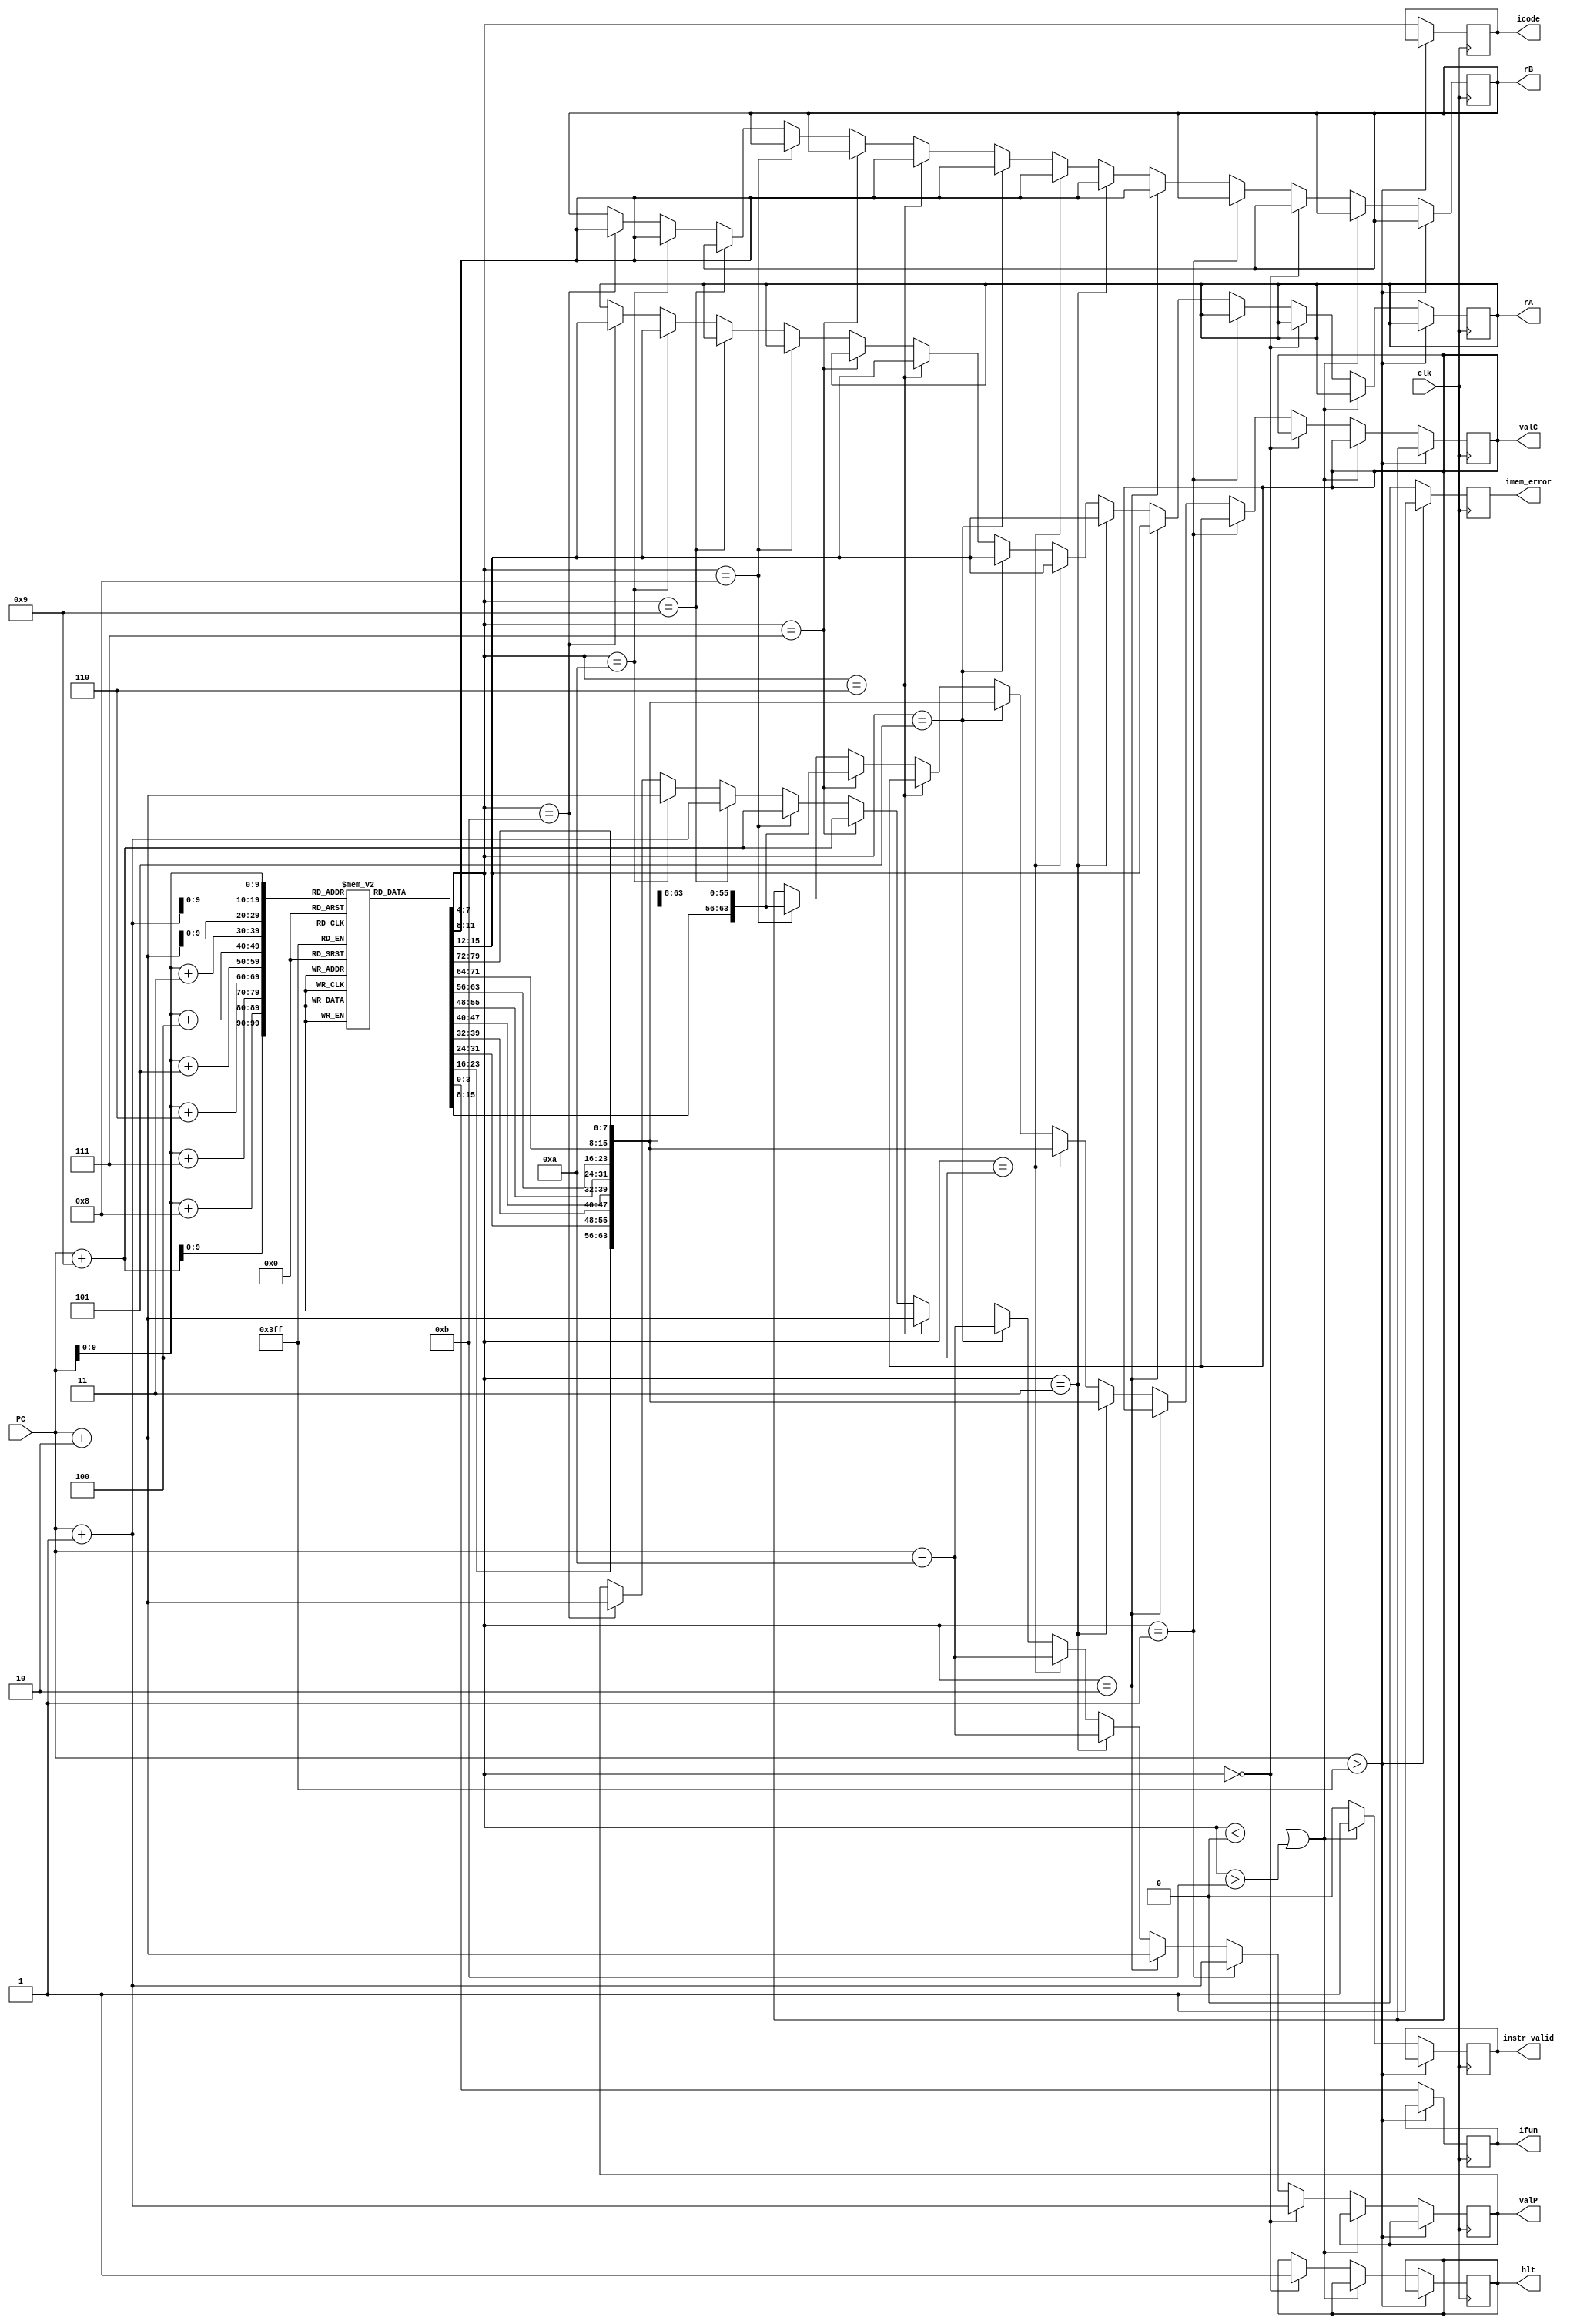
// FETCH BLOCK

module fetch(clk, PC, icode, ifun, rA, rB, valC, valP, imem_error, instr_valid, hlt);

    input clk;
    input [63:0] PC;
    
    output reg [3:0] icode;
    output reg [3:0] ifun;

    output reg [3:0] rA;
    output reg [3:0] rB;

    output reg [63:0] valC;
    output reg [63:0] valP;

    output reg instr_valid; 
    output reg imem_error;
    output reg hlt;

    reg [0:79] instruction; //Instruction encodings range between 1 and 10 bytes
    reg [7:0] memory[0:1023]; //memory has 256-32 bits words => 1024-8 bits

    reg [0:7] opcode; //operation codes
    reg [0:7] regids; //register IDs

    initial
    begin
        rA = 4'hf;
        rB = 4'hf;
        valC = 64'd0;
        valP = 64'd0;
        hlt = 0;
        instr_valid = 0;
        imem_error = 0;
    end

    // instruction codes
    // Constant values used in HCL descriptions.
    parameter IHALT   = 4'd0;
    parameter INOP    = 4'd1;
    parameter IRRMOVQ = 4'd2; //rrmovq and  cmovXX
    parameter IIRMOVQ = 4'd3;
    parameter IRMMOVQ = 4'd4;
    parameter IMRMOVQ = 4'd5;
    parameter IOPQ    = 4'd6;
    parameter IJXX    = 4'd7;
    parameter ICALL   = 4'd8;
    parameter IRET    = 4'd9;
    parameter IPUSHQ  = 4'd10;
    parameter IPOPQ   = 4'd11;

    initial 
    begin

    // irmovq $0x0, %rax
    memory[0]=8'b00110000; //3 0
    memory[1]=8'b00000000; //F rB=0
    memory[2]=8'b00000000;           
    memory[3]=8'b00000000;           
    memory[4]=8'b00000000;           
    memory[5]=8'b00000000;           
    memory[6]=8'b00000000;           
    memory[7]=8'b00000000;           
    memory[8]=8'b00000000;          
    memory[9]=8'b00000000; //V=0

    // irmovq $0x10, %rdx
    memory[10]=8'b00110000; //3 0
    memory[11]=8'b00000010; //F rB=2
    memory[12]=8'b00000000;           
    memory[13]=8'b00000000;           
    memory[14]=8'b00000000;           
    memory[15]=8'b00000000;           
    memory[16]=8'b00000000;           
    memory[17]=8'b00000000;           
    memory[18]=8'b00000000;          
    memory[19]=8'b00010000; //V=16

    // irmovq $0xc, %rbx
    memory[20]=8'b00110000; //3 0
    memory[21]=8'b00000011; //F rB=3
    memory[22]=8'b00000000;           
    memory[23]=8'b00000000;           
    memory[24]=8'b00000000;           
    memory[25]=8'b00000000;           
    memory[26]=8'b00000000;           
    memory[27]=8'b00000000;           
    memory[28]=8'b00000000;          
    memory[29]=8'b00001100; //V=12

    // jmp check
    memory[30]=8'b01110000; //7 fn
    memory[31]=8'b00000000; //Dest
    memory[32]=8'b00000000; //Dest
    memory[33]=8'b00000000; //Dest
    memory[34]=8'b00000000; //Dest
    memory[35]=8'b00000000; //Dest
    memory[36]=8'b00000000; //Dest
    memory[37]=8'b00000000; //Dest
    memory[38]=8'b00100111; //Dest=39

    // check:
        // addq %rax, %rbx 
        memory[39]=8'b01100000; //5 fn
        memory[40]=8'b00000011; //rA=0 rB=3
        // je rbxres  
        memory[41]=8'b01110011; //7 fn=3
        memory[42]=8'b00000000; //Dest
        memory[43]=8'b00000000; //Dest
        memory[44]=8'b00000000; //Dest
        memory[45]=8'b00000000; //Dest
        memory[46]=8'b00000000; //Dest
        memory[47]=8'b00000000; //Dest
        memory[48]=8'b00000000; //Dest
        memory[49]=8'b01111010; //Dest=122
        // addq %rax, %rdx
        memory[50]=8'b01100000; //5 fn
        memory[51]=8'b00000010; //rA=0 rB=2
        // je rdxres 
        memory[52]=8'b01110011; //7 fn=3
        memory[53]=8'b00000000; //Dest
        memory[54]=8'b00000000; //Dest
        memory[55]=8'b00000000; //Dest
        memory[56]=8'b00000000; //Dest
        memory[57]=8'b00000000; //Dest
        memory[58]=8'b00000000; //Dest
        memory[59]=8'b00000000; //Dest
        memory[60]=8'b01111101; //Dest=125
        // jmp loop2 
        memory[61]=8'b01110000; //7 fn=0
        memory[62]=8'b00000000; //Dest
        memory[63]=8'b00000000; //Dest
        memory[64]=8'b00000000; //Dest
        memory[65]=8'b00000000; //Dest
        memory[66]=8'b00000000; //Dest
        memory[67]=8'b00000000; //Dest
        memory[68]=8'b00000000; //Dest
        memory[69]=8'b01000110; //Dest

        // halt
        memory[70]=8'b00000000; // 0 0


    // // loop2:
    //     // rrmovq %rdx, %rsi 
    //     memory[70]=8'b00100000; //2 fn=0
    //     memory[71]=8'b00100110; //rA=2 rB=6
    //     // rrmovq %rbx, %rdi
    //     memory[72]=8'b00100000; //2 fn=0
    //     memory[73]=8'b00110111; //rA=3 rB=7
    //     // subq %rbx, %rsi
    //     memory[74]=8'b01100001; //5 fn=1
    //     memory[75]=8'b00110110; //rA=3 rB=6
    //     // jge ab1  
    //     memory[76]=8'b01110101; //7 fn=5
    //     memory[77]=8'b00000000; //Dest
    //     memory[78]=8'b00000000; //Dest
    //     memory[79]=8'b00000000; //Dest
    //     memory[80]=8'b00000000; //Dest
    //     memory[81]=8'b00000000; //Dest
    //     memory[82]=8'b00000000; //Dest
    //     memory[83]=8'b00000000; //Dest
    //     memory[84]=8'b01100000; //Dest=96
           
    //     // subq %rdx, %rdi 
    //     memory[85]=8'b01100001; //5 fn
    //     memory[86]=8'b00100111; //rA=2 rB=7
    //     // jge ab2
    //     memory[87]=8'b01110101; //7 fn=5
    //     memory[88]=8'b00000000; //Dest
    //     memory[89]=8'b00000000; //Dest
    //     memory[90]=8'b00000000; //Dest
    //     memory[91]=8'b00000000; //Dest
    //     memory[92]=8'b00000000; //Dest
    //     memory[93]=8'b00000000; //Dest
    //     memory[94]=8'b00000000; //Dest
    //     memory[95]=8'b01101101; //Dest=109

    // // ab1:
    //     // rrmovq %rbx, %rdx
    //     memory[96]=8'b00100000; //2 fn=0
    //     memory[97]=8'b00110010; //rA=3 rB=2
    //     // rrmovq %rsi, %rbx
    //     memory[98]=8'b00100000; //2 fn=0
    //     memory[99]=8'b01100011; //rA=6 rB=3
    //     // jmp check
    //     memory[100]=8'b01110000; //7 fn=0
    //     memory[101]=8'b00000000; //Dest
    //     memory[102]=8'b00000000; //Dest
    //     memory[103]=8'b00000000; //Dest
    //     memory[104]=8'b00000000; //Dest
    //     memory[105]=8'b00000000; //Dest
    //     memory[106]=8'b00000000; //Dest
    //     memory[107]=8'b00000000; //Dest
    //     memory[108]=8'b00100111; //Dest=39

    //     // //  halt
    //         memory[109]=8'b00000000; // 0 0

    // // ab2:
    //     // rrmovq %rbx, %rdx
    //     // memory[109]=8'b00100000; //2 fn=0
    //     memory[110]=8'b00110010; //rA=3 rB=2
    //     // rrmovq %rdi, %rbx
    //     memory[111]=8'b00100000; //2 fn=0
    //     memory[112]=8'b01110011; //rA=7 rB=3
    //     // jmp check
    //     memory[113]=8'b01110000; //7 fn=0
    //     memory[114]=8'b00000000; //Dest
    //     memory[115]=8'b00000000; //Dest
    //     memory[116]=8'b00000000; //Dest
    //     memory[117]=8'b00000000; //Dest
    //     memory[118]=8'b00000000; //Dest
    //     memory[119]=8'b00000000; //Dest
    //     memory[120]=8'b00000000; //Dest
    //     memory[121]=8'b00100111; //Dest=39

    // // rbxres:
    //     // rrmovq %rdx, %rcx
    //     memory[122]=8'b00100000; //2 fn=0
    //     memory[123]=8'b00100001; //rA=2 rB=1
    //     // halt
    //     memory[124]=8'b00000000;

    // // rdxres:
    //     // rrmovq %rbx, %rcx
    //     memory[125]=8'b00100000; //2 fn=0
    //     memory[126]=8'b00110001; //rA=3 rB=1
    //     // halt
    //     memory[127]=8'b00000000;

    // //OPq
    //     memory[32]=8'b01100000; //5 fn
    //     memory[33]=8'b00100011; //rA rB
    
    //     memory[34]=8'b00010000; // 1 0
    //     memory[35]=8'b00010000; // 1 0
    //     memory[36]=8'b00010000; // 1 0

    // //cmovxx
    //     memory[37]=8'b00100000; //2 fn
    //     memory[38]=8'b00000100; //rA rB

    //     memory[39]=8'b00010000; // 1 0
    //     memory[40]=8'b00010000; // 1 0
    //     memory[41]=8'b00010000; // 1 0
    //     memory[42]=8'b00010000; // 1 0
    //     memory[43]=8'b00010000; // 1 0
    //     memory[44]=8'b00010000; // 1 0

    // //halt
    //     memory[45]=8'b00000000; // 0 0

    // // call
    // memory[43]=8'b10000000; //8 0
    // memory[44]=8'b00000000; //Dest
    // memory[45]=8'b00000000; //Dest
    // memory[46]=8'b00000000; //Dest
    // memory[47]=8'b00000000; //Dest
    // memory[48]=8'b00000000; //Dest
    // memory[49]=8'b00000000; //Dest
    // memory[50]=8'b00000000; //Dest
    // memory[51]=8'b00000001; //Dest

    // // ret
    // memory[52]=8'b10010000; // 9 0 

    // // pushq
    // memory[53]=8'b10100000; //A 0
    // memory[54]=8'b00100000; //rA F

    // // popq
    // memory[55]=8'b10110000; //B 0
    // memory[56]=8'b00000000; //rA F

    // // rmmovq
    // memory[12]=8'b01000000; //4 0
    // memory[13]=8'b01010010; //rA rB
    // memory[14]=8'b00000000; //D
    // memory[15]=8'b00000000; //D
    // memory[16]=8'b00000000; //D
    // memory[17]=8'b00000000; //D
    // memory[18]=8'b00000000; //D
    // memory[19]=8'b00000000; //D
    // memory[20]=8'b00000000; //D
    // memory[21]=8'b00000001; //D

    // // mrmovq
    // memory[22]=8'b01010000; //5 0
    // memory[23]=8'b01110010; //rA rB
    // memory[24]=8'b00000000; //D
    // memory[25]=8'b00000000; //D
    // memory[26]=8'b00000000; //D
    // memory[27]=8'b00000000; //D
    // memory[28]=8'b00000000; //D
    // memory[29]=8'b00000000; //D
    // memory[30]=8'b00000000; //D
    // memory[31]=8'b00000001; //D

    // // halt
    // memory[32]=8'b00000000; // 0 0



    end


    always@(posedge clk)
    begin

        if(PC > 64'd1023)
        begin

            imem_error = 1; //invalid address        
        end
        else
        begin

            imem_error = 0;

            //Instruction encodings range between 1 and 10 bytes
            instruction = {memory[PC], memory[PC+64'd1], memory[PC+64'd2], memory[PC+64'd3], memory[PC+64'd4], memory[PC+64'd5], memory[PC+64'd6], memory[PC+64'd7], memory[PC+64'd8], memory[PC+64'd9]}; 
    
            //An instruction consists of a 1-byte instruction specifier, 1-byte register specifier, and an 8-byte constant word.

            // icode:ifun = M1[PC]
            opcode = instruction[0:7];
            icode = opcode[0:3];
            ifun = opcode[4:7];


            if(icode < 4'd0 || icode > 4'd11)
            begin

                instr_valid = 1; //invalid instruction
            end
            else
            begin

                instr_valid = 0;
                
                //halt
                if(icode == IHALT)
                begin

                    hlt = 1;
                    
                    //valP = PC+1
                    valP = PC + 64'd1;

                end
                //nop
                else if (icode == INOP)
                begin

                    //valP = PC+1
                    valP = PC + 64'd1;

                end
                //rrmovq and  cmovXX
                else if (icode == IRRMOVQ)
                begin

                    // rA:rB = M1[PC+1]
                    regids = instruction[8:15];
                    rA = regids[0:3];
                    rB = regids[4:7];

                    //valP <- PC+2
                    valP = PC + 64'd2;

                end
                //irmovq
                else if (icode == IIRMOVQ)
                begin

                    // rA:rB = M1[PC+1]
                    regids = instruction[8:15];
                    rA = regids[0:3];
                    rB = regids[4:7];

                    //valC <- M8[PC+2]
                    valC = instruction[16:79];

                    //valP <- PC+10
                    valP = PC + 64'd10;

                end
                // rmmovq
                else if (icode == IRMMOVQ)
                begin

                    // rA:rB = M1[PC+1]
                    regids = instruction[8:15];
                    rA = regids[0:3];
                    rB = regids[4:7];

                    //valC <- M8[PC+2]
                    valC = instruction[16:79];

                    //valP <- PC+10
                    valP = PC + 64'd10;

                end
                // mrmovq
                else if (icode == IMRMOVQ)
                begin

                    // rA:rB = M1[PC+1]
                    regids = instruction[8:15];
                    rA = regids[0:3];
                    rB = regids[4:7];

                    //valC <- M8[PC+2]
                    valC = instruction[16:79];
                    
                    //valP <- PC+10
                    valP = PC + 64'd10;

                end
                //Opq
                else if (icode == IOPQ)
                begin

                    // rA:rB = M1[PC+1]
                    regids = instruction[8:15];
                    rA = regids[0:3];
                    rB = regids[4:7];

                    //valP <- PC+2
                    valP = PC + 64'd2;

                end
                //jXX
                else if (icode == IJXX)
                begin

                    //valC <- M8[PC+1]
                    valC = instruction[8:71];
                    
                    //valP <- PC+9
                    valP = PC + 64'd9;

                end
                //call
                else if (icode == ICALL)
                begin

                    //valC <- M8[PC+1]
                    valC = instruction[8:71];
                    
                    //valP <- PC+9
                    valP = PC + 64'd9;

                end
                //ret
                else if (icode == IRET)
                begin

                    //valP <- PC+1
                    valP = PC + 64'd1;

                end
                //pushq
                else if (icode == IPUSHQ)
                begin

                    // rA:rB = M1[PC+1]
                    regids = instruction[8:15];
                    rA = regids[0:3];
                    rB = regids[4:7];

                    //valP <- PC+2
                    valP = PC + 64'd2;

                end
                //popq
                else if (icode == IPOPQ)
                begin

                    // rA:rB = M1[PC+1]
                    regids = instruction[8:15];
                    rA = regids[0:3];
                    rB = regids[4:7];

                    //valP <- PC+2
                    valP = PC + 64'd2;

                end

            end

        end    

    end 

endmodule